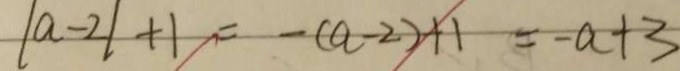
\vert a - 2 \vert + 1 = - ( a - 2 ) + 1 = - a + 3